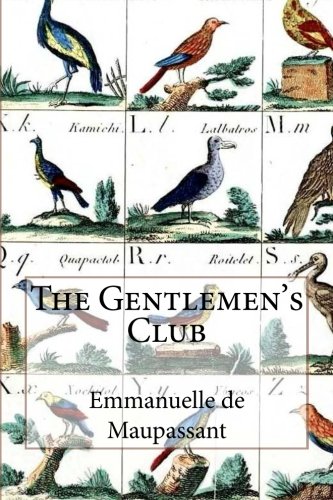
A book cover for The Gentlemen's Club (Noire) (Volume 1); Emmanuelle de Maupassant; Romance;